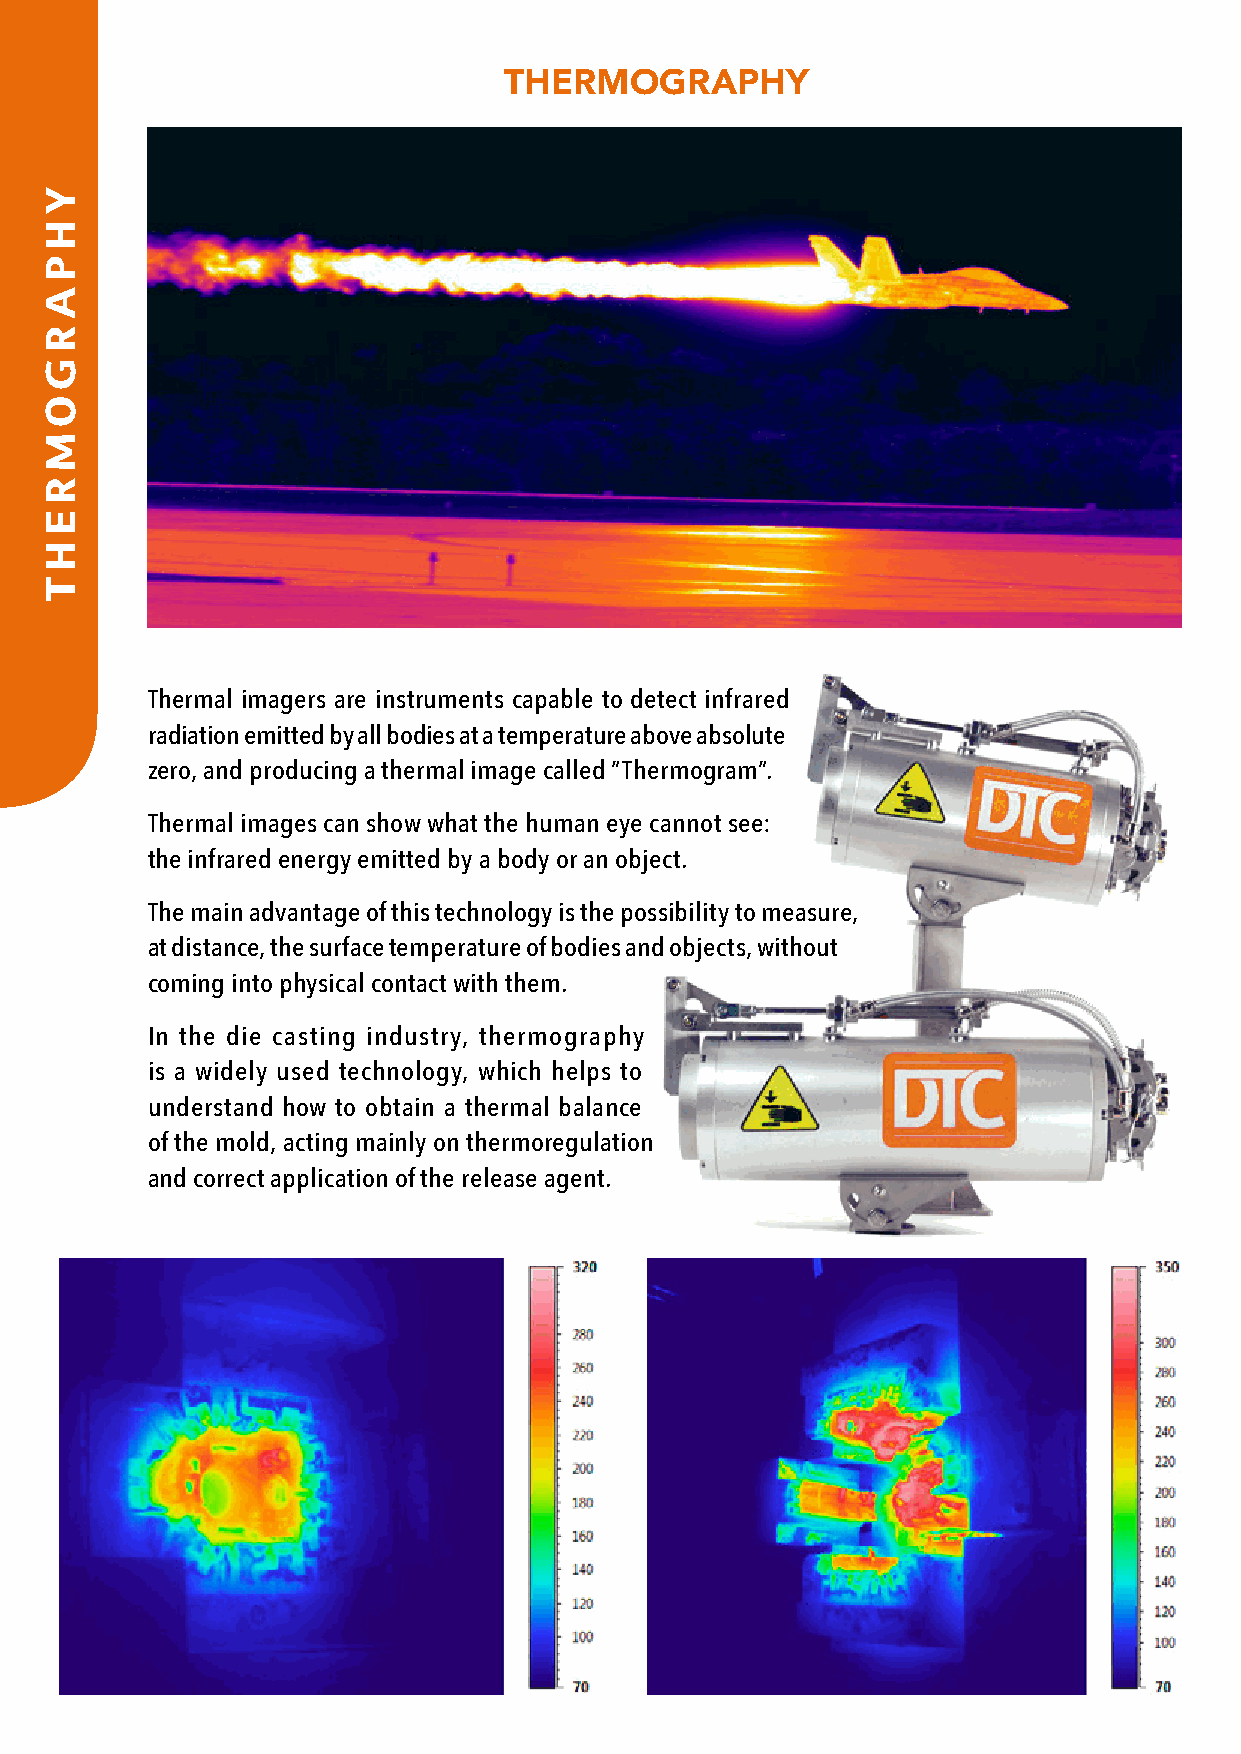
THERMOGRAPHY
 Thermal imagers are instruments capable to detect infrared
 radiation emitted by all bodies at a temperature above absolute
 zero, and producing a thermal image called ”Thermogram”.
 Thermal images can show what the human eye cannot see:
 the infrared energy emitted by a body or an object.
 The main advantage of this technology is the possibility to measure,
 at distance, the surface temperature of bodies and objects, without
 coming into physical contact with them.
 In the die casting industry, thermography
 is a widely used technology, which helps to
 understand how to obtain a thermal balance
 of the mold, acting mainly on thermoregulation
 and correct application of the release agent.
 YHPARGOMREHT